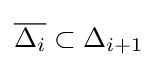
{\overline {\Delta _{i}}}\subset \Delta _{i+1}